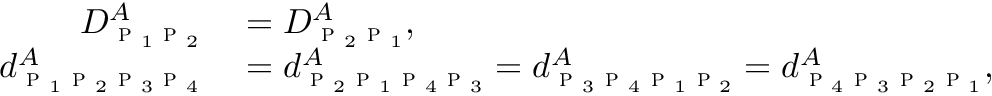
\begin{array} { r l } { D _ { \textsc { p } _ { 1 } \textsc { p } _ { 2 } } ^ { A } } & { { } = D _ { \textsc { p } _ { 2 } \textsc { p } _ { 1 } } ^ { A } , } \\ { d _ { \textsc { p } _ { 1 } \textsc { p } _ { 2 } \textsc { p } _ { 3 } \textsc { p } _ { 4 } } ^ { A } } & { { } = d _ { \textsc { p } _ { 2 } \textsc { p } _ { 1 } \textsc { p } _ { 4 } \textsc { p } _ { 3 } } ^ { A } = d _ { \textsc { p } _ { 3 } \textsc { p } _ { 4 } \textsc { p } _ { 1 } \textsc { p } _ { 2 } } ^ { A } = d _ { \textsc { p } _ { 4 } \textsc { p } _ { 3 } \textsc { p } _ { 2 } \textsc { p } _ { 1 } } ^ { A } , } \end{array}